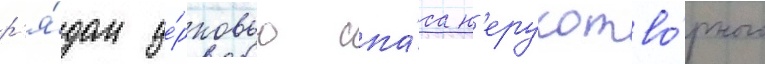
р'я́дом це́рковью спа́са н'ерукотво́рного